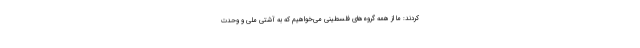
کردند: ما از همه گروه‌های فلسطینی می‌خواهیم که به آشتی ملی و وحدت